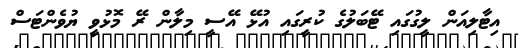
އިޓާލިއަން ލީގުގައި ޓޭބަލުގެ ކުރީގައި އުޅޭ އޭސީ މިލާން ރޭ މޮޅުވީ ޔުވެންޓަސް